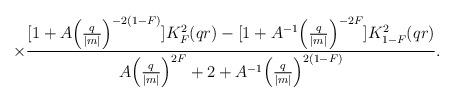
LaTeX: \begin{align*}\times\frac{[1 + A{\Bigl(\frac{q}{|m|}\Bigr)}^{-2(1-F)}]K^{2}_{F}(qr) - [1 +A^{-1}{\Bigl(\frac{q}{|m|}\Bigr)}^{-2F}]K^{2}_{1-F}(qr)}{A{ \Bigl(\frac{q}{|m|}\Bigr)}^{2F} + 2 + A^{-1}{ \Bigl(\frac{q}{|m|}\Bigr)}^{2(1-F)}}.\end{align*}